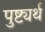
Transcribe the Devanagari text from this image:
पुष्ट्यर्थ